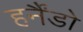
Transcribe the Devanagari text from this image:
हर्नैंडो